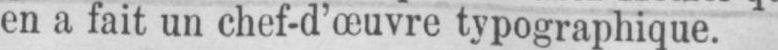
en a fait un chef-d’œuvre typographique.